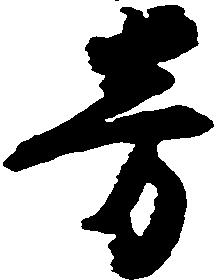
旁